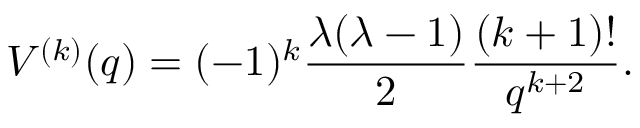
V ^ { ( k ) } ( q ) = ( - 1 ) ^ { k } \frac { \lambda ( \lambda - 1 ) } { 2 } \frac { ( k + 1 ) ! } { q ^ { k + 2 } } .